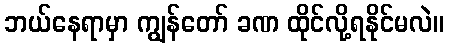
ဘယ်နေရာမှာ ကျွန်တော် ခဏ ထိုင်လို့ရနိုင်မလဲ။